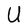
Character: U